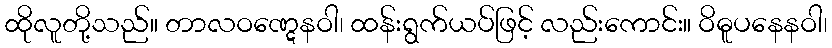
ထိုလူတို့သည်။ တာလဝဏ္ဋေနဝါ၊ ထန်းရွက်ယပ်ဖြင့် လည်းကောင်း။ ဝိဓူပနေနဝါ၊